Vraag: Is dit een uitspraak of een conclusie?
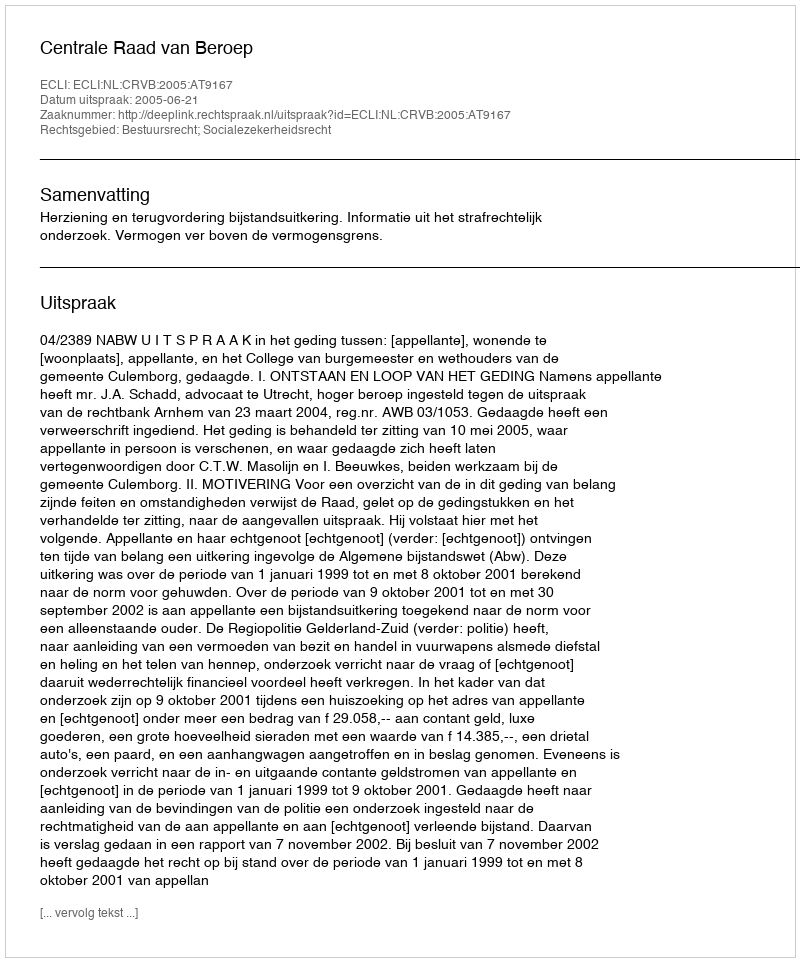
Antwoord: Uitspraak